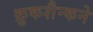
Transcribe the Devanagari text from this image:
क्रुकशैन्कने